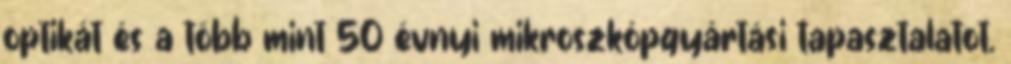
optikát és a több mint 50 évnyi mikroszkópgyártási tapasztalatot.